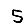
Digit: 5